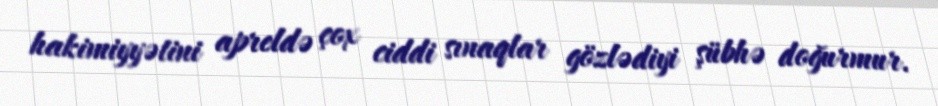
hakimiyyətini apreldə çox ciddi sınaqlar gözlədiyi şübhə doğurmur.